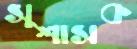
সুশাসক